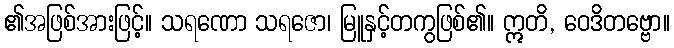
၏အဖြစ်အားဖြင့်။ သရဏော သရဇော၊ မြူနှင့်တကွဖြစ်၏။ ဣတိ, ဝေဒိတဗ္ဗော။